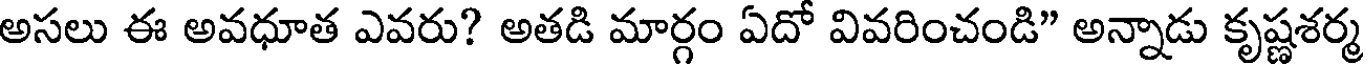
అసలు ఈ అవధూత ఎవరు? అతడి మార్గం ఏదో వివరించండి" అన్నాడు కృష్ణశర్మ